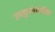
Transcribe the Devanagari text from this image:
उपकुलपतीका